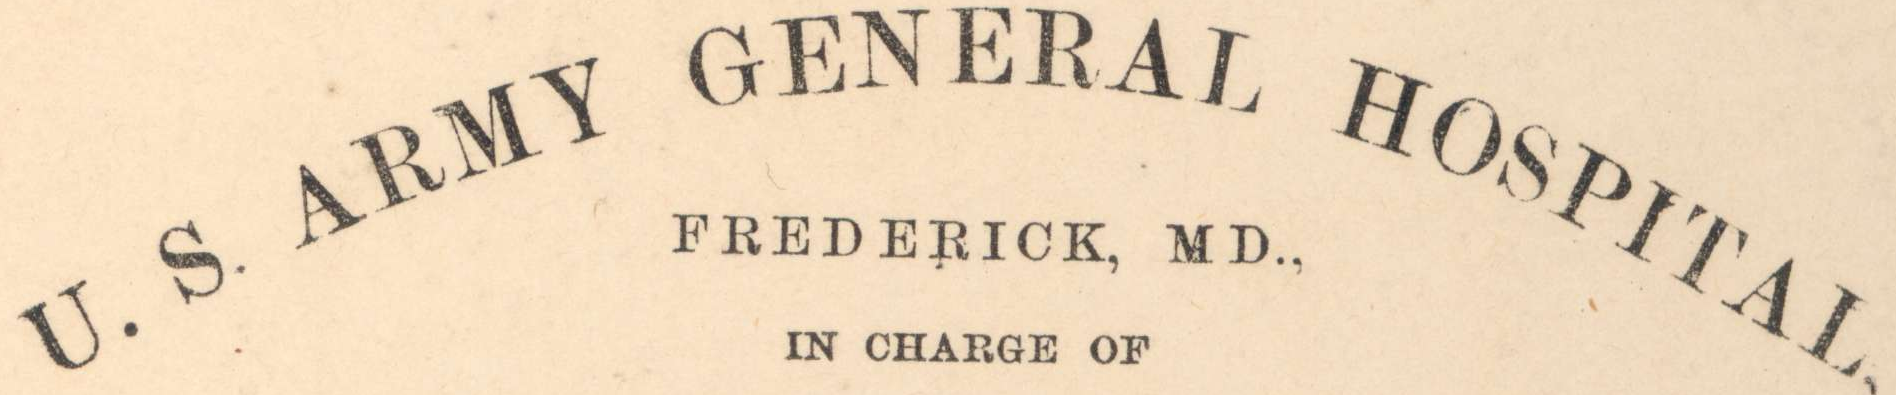
U.S. ARMY GENERAL HOSPITAL